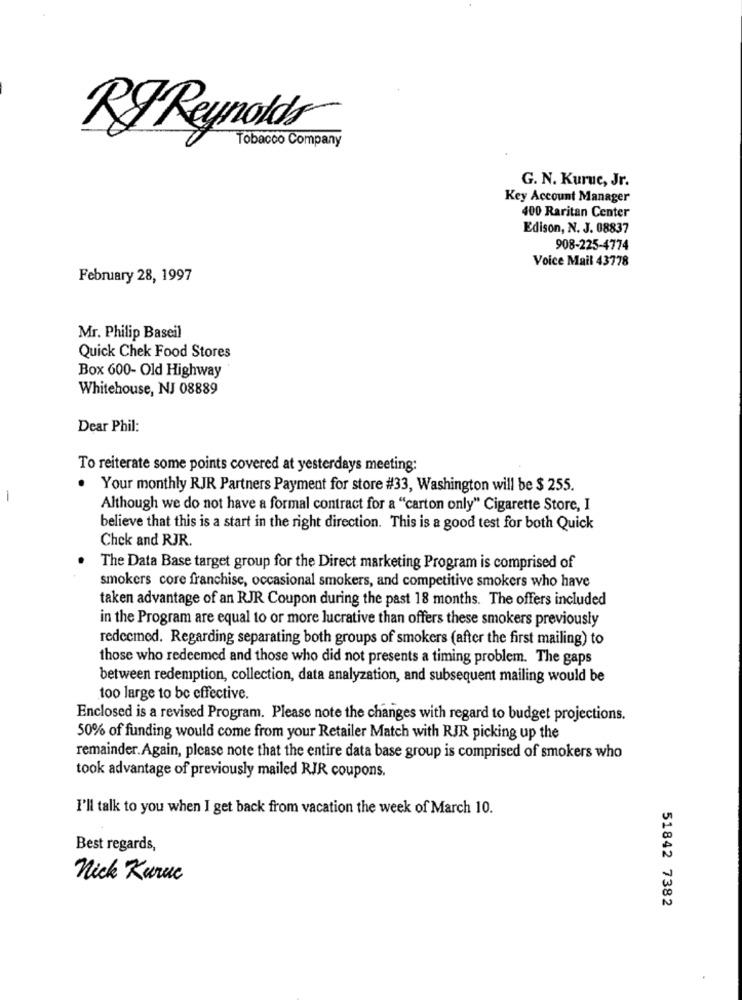
RF Reynolds
Tobacco Company
G. N. Kuruc, Jr.
Key Account Manager
400 Raritan Center
Edison, N. J. 08837
908-225-4774
Voice Mail 43778
February 28, 1997
Mr. Philip Baseil
Quick Chek Food Stores
Box 600- Old Highway
Whitehouse, NJ 08889
Dear Phil:
To reiterate some points covered at yesterdays meeting:
Your monthly RJR Partners Payment for store #33, Washington will be $ 255.
-
Although we do not have a formal contract for a "carton only" Cigarette Store, I
believe that this is a start in the right direction. This is a good test for both Quick
Chek and RJR.
The Data Base target group for the Direct marketing Program is comprised of
smokers core franchise, occasional smokers, and competitive smokers who have
taken advantage of an RJR Coupon during the past 18 months. The offers included
in the Program are equal to or more lucrative than offers these smokers previously
redeemed. Regarding separating both groups of smokers (after the first mailing) to
those who redeemed and those who did not presents a timing problem. The gaps
between redemption, collection, data analyzation, and subsequent mailing would be
too large to be effective.
Enclosed is a revised Program. Please note the changes with regard to budget projections.
50% of funding would come from your Retailer Match with RJR picking up the
remainder. Again, please note that the entire data base group is comprised of smokers who
took advantage of previously mailed RIR coupons.
I'll talk to you when I get back from vacation the week of March 10.
Best regards,
nick Kuruc
51842 7382